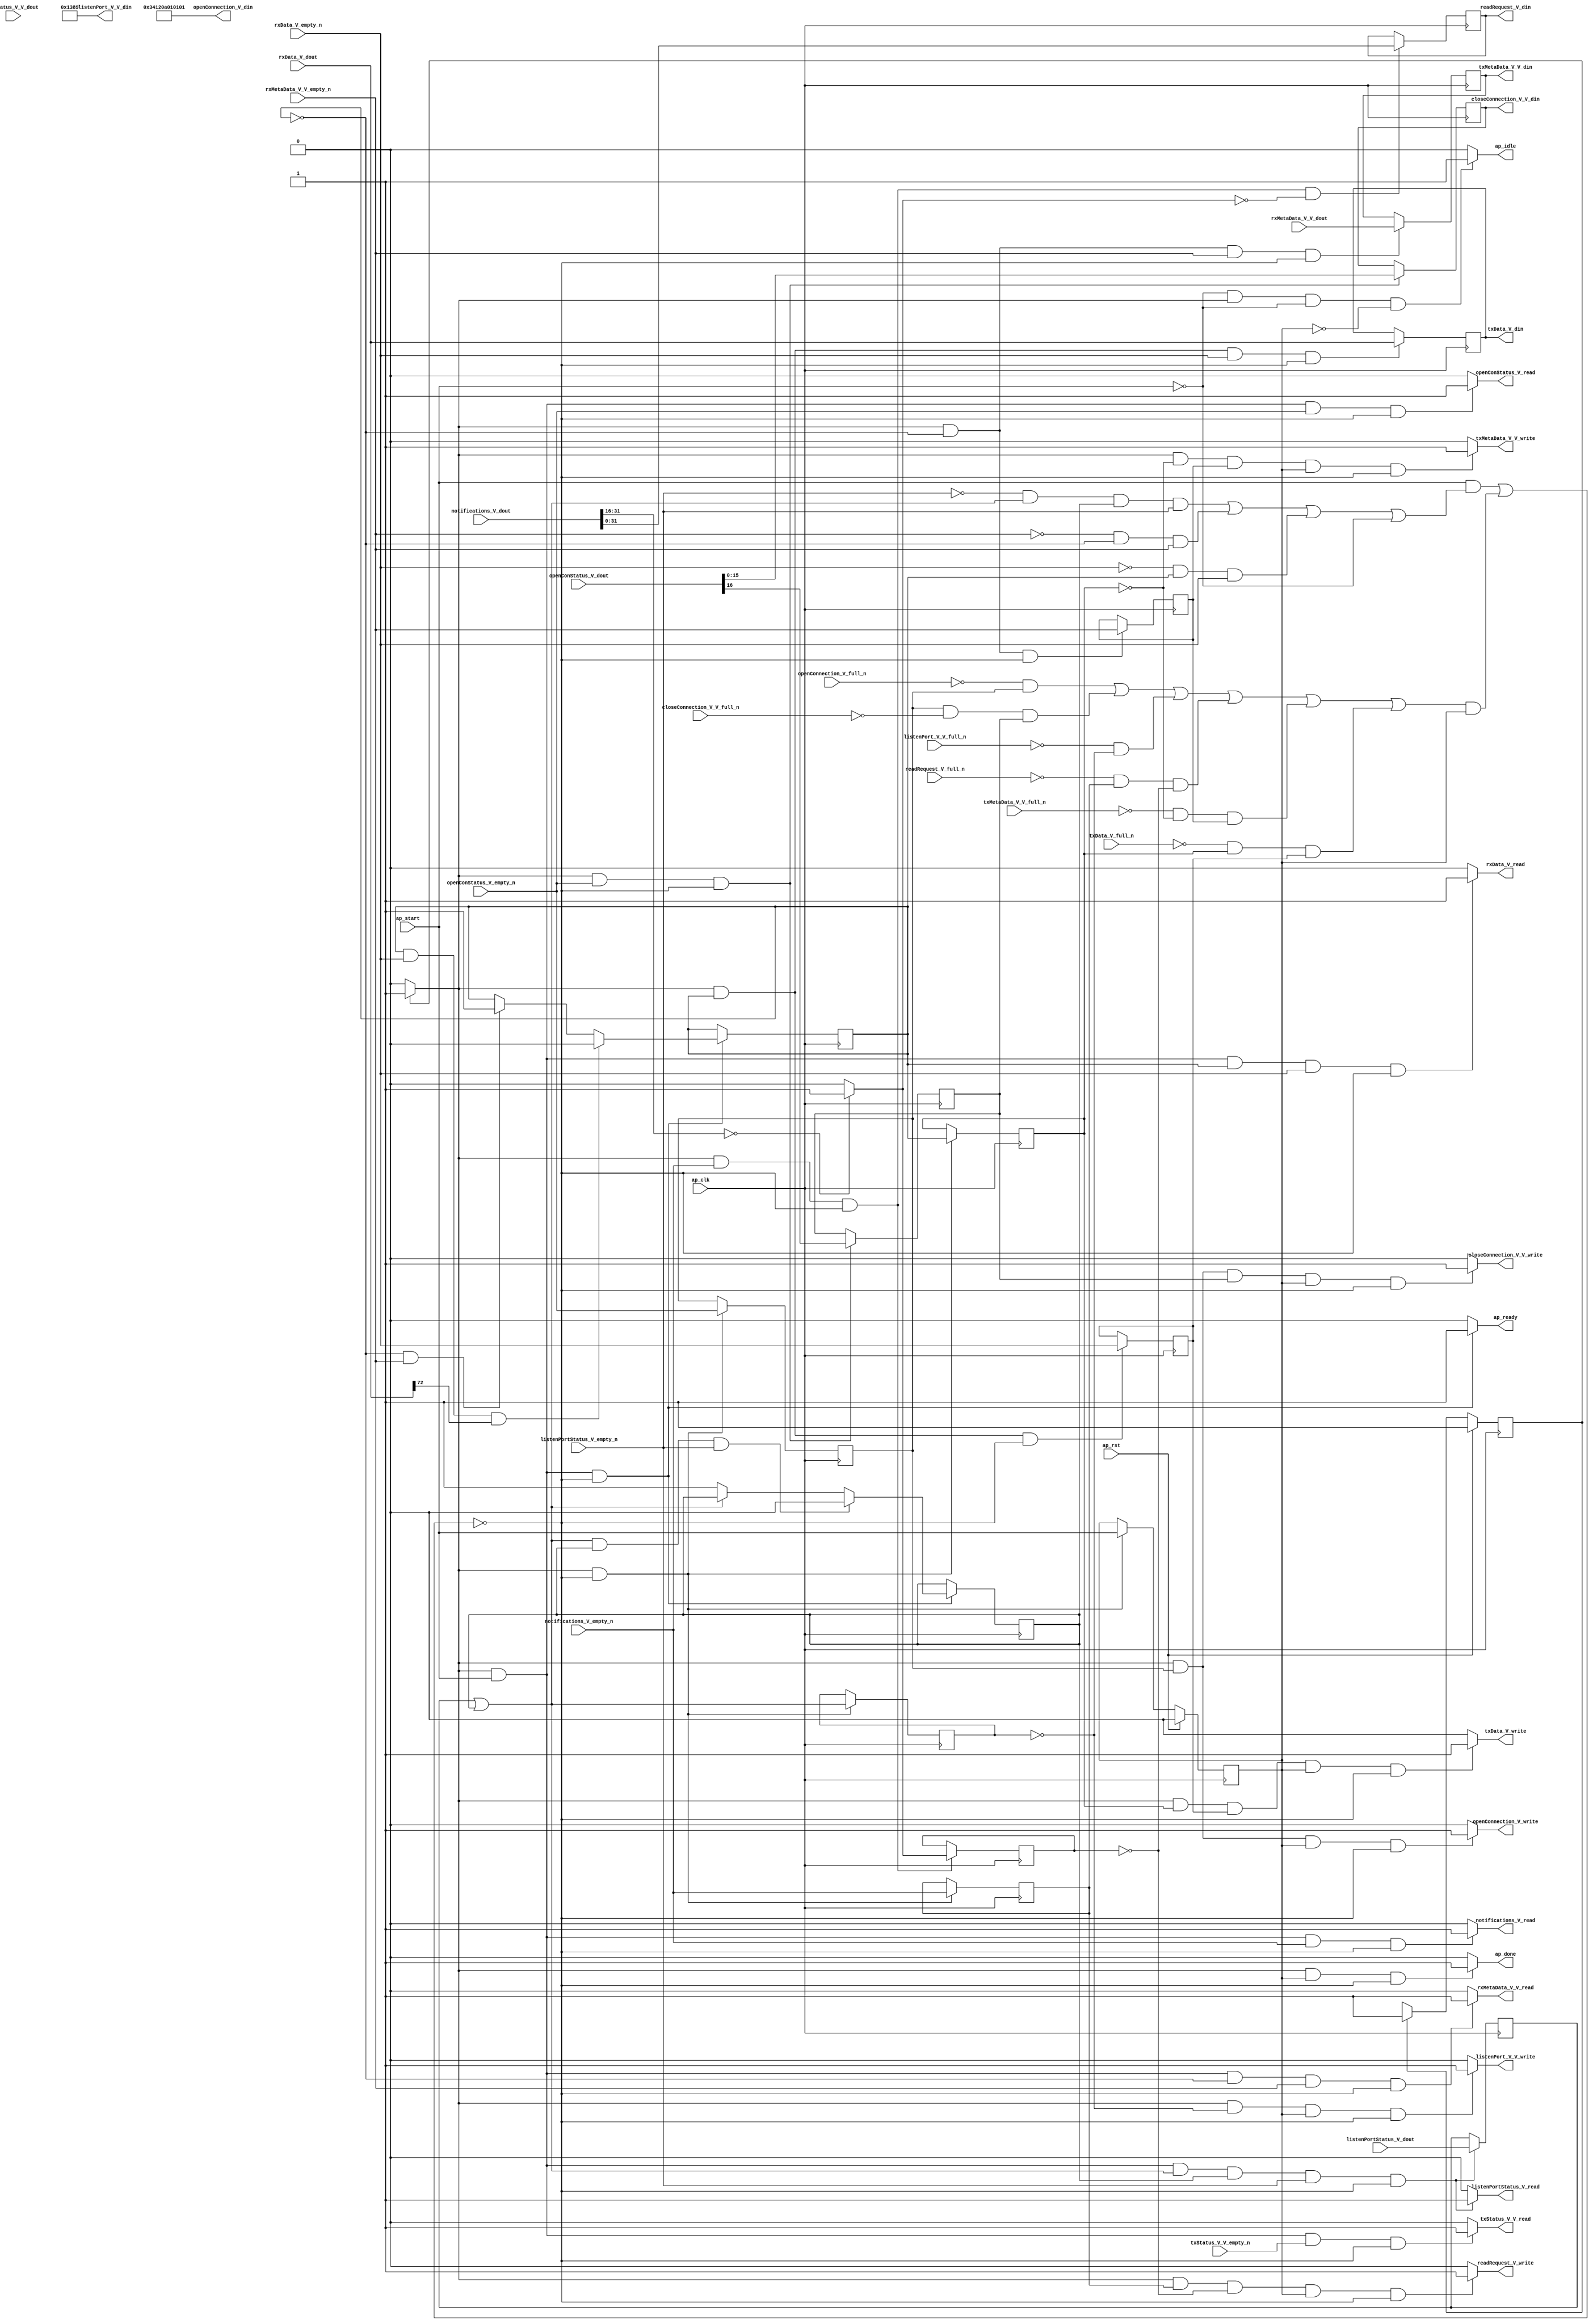
// ==============================================================
// RTL generated by Vivado(TM) HLS - High-Level Synthesis from C, C++ and SystemC
// Version: 2015.1
// Copyright (C) 2015 Xilinx Inc. All rights reserved.
// 
// ===========================================================

`timescale 1 ns / 1 ps 

(* CORE_GENERATION_INFO="echo_server_application,hls_ip_2015_1,{HLS_INPUT_TYPE=cxx,HLS_INPUT_FLOAT=0,HLS_INPUT_FIXED=1,HLS_INPUT_PART=xcku115-flva1517-2-e,HLS_INPUT_CLOCK=6.660000,HLS_INPUT_ARCH=pipeline,HLS_SYN_CLOCK=1.420000,HLS_SYN_LAT=1,HLS_SYN_TPT=1,HLS_SYN_MEM=0,HLS_SYN_DSP=0,HLS_SYN_FF=150,HLS_SYN_LUT=13}" *)

module echo_server_application (
        ap_clk,
        ap_rst,
        ap_start,
        ap_done,
        ap_idle,
        ap_ready,
        openConStatus_V_dout,
        openConStatus_V_empty_n,
        openConStatus_V_read,
        listenPortStatus_V_dout,
        listenPortStatus_V_empty_n,
        listenPortStatus_V_read,
        notifications_V_dout,
        notifications_V_empty_n,
        notifications_V_read,
        rxMetaData_V_V_dout,
        rxMetaData_V_V_empty_n,
        rxMetaData_V_V_read,
        rxData_V_dout,
        rxData_V_empty_n,
        rxData_V_read,
        txStatus_V_V_dout,
        txStatus_V_V_empty_n,
        txStatus_V_V_read,
        openConnection_V_din,
        openConnection_V_full_n,
        openConnection_V_write,
        closeConnection_V_V_din,
        closeConnection_V_V_full_n,
        closeConnection_V_V_write,
        listenPort_V_V_din,
        listenPort_V_V_full_n,
        listenPort_V_V_write,
        readRequest_V_din,
        readRequest_V_full_n,
        readRequest_V_write,
        txMetaData_V_V_din,
        txMetaData_V_V_full_n,
        txMetaData_V_V_write,
        txData_V_din,
        txData_V_full_n,
        txData_V_write
);

parameter    ap_const_logic_1 = 1'b1;
parameter    ap_const_logic_0 = 1'b0;
parameter    ap_ST_pp0_stg0_fsm_0 = 1'b1;
parameter    ap_const_lv32_0 = 32'b00000000000000000000000000000000;
parameter    ap_const_lv1_1 = 1'b1;
parameter    ap_const_lv1_0 = 1'b0;
parameter    ap_const_lv48_34120A010101 = 48'b1101000001001000001010000000010000000100000001;
parameter    ap_const_lv16_1389 = 16'b1001110001001;
parameter    ap_const_lv32_10 = 32'b10000;
parameter    ap_const_lv32_1F = 32'b11111;
parameter    ap_const_lv16_0 = 16'b0000000000000000;
parameter    ap_const_lv32_48 = 32'b1001000;
parameter    ap_true = 1'b1;

input   ap_clk;
input   ap_rst;
input   ap_start;
output   ap_done;
output   ap_idle;
output   ap_ready;
input  [16:0] openConStatus_V_dout;
input   openConStatus_V_empty_n;
output   openConStatus_V_read;
input   listenPortStatus_V_dout;
input   listenPortStatus_V_empty_n;
output   listenPortStatus_V_read;
input  [80:0] notifications_V_dout;
input   notifications_V_empty_n;
output   notifications_V_read;
input  [15:0] rxMetaData_V_V_dout;
input   rxMetaData_V_V_empty_n;
output   rxMetaData_V_V_read;
input  [72:0] rxData_V_dout;
input   rxData_V_empty_n;
output   rxData_V_read;
input  [16:0] txStatus_V_V_dout;
input   txStatus_V_V_empty_n;
output   txStatus_V_V_read;
output  [47:0] openConnection_V_din;
input   openConnection_V_full_n;
output   openConnection_V_write;
output  [15:0] closeConnection_V_V_din;
input   closeConnection_V_V_full_n;
output   closeConnection_V_V_write;
output  [15:0] listenPort_V_V_din;
input   listenPort_V_V_full_n;
output   listenPort_V_V_write;
output  [31:0] readRequest_V_din;
input   readRequest_V_full_n;
output   readRequest_V_write;
output  [15:0] txMetaData_V_V_din;
input   txMetaData_V_V_full_n;
output   txMetaData_V_V_write;
output  [72:0] txData_V_din;
input   txData_V_full_n;
output   txData_V_write;

reg ap_done;
reg ap_idle;
reg ap_ready;
reg openConStatus_V_read;
reg listenPortStatus_V_read;
reg notifications_V_read;
reg rxMetaData_V_V_read;
reg rxData_V_read;
reg txStatus_V_V_read;
reg openConnection_V_write;
reg closeConnection_V_V_write;
reg listenPort_V_V_write;
reg readRequest_V_write;
reg txMetaData_V_V_write;
reg txData_V_write;
(* fsm_encoding = "none" *) reg   [0:0] ap_CS_fsm = 1'b1;
reg    ap_sig_cseq_ST_pp0_stg0_fsm_0;
reg    ap_sig_bdd_17;
wire    ap_reg_ppiten_pp0_it0;
reg    ap_reg_ppiten_pp0_it1 = 1'b0;
wire   [0:0] tmp_nbreadreq_fu_218_p3;
wire   [0:0] brmerge_fu_367_p2;
wire   [0:0] tmp_1_nbreadreq_fu_232_p3;
wire   [0:0] tmp_3_nbreadreq_fu_246_p3;
wire   [0:0] tmp_4_nbreadreq_fu_260_p3;
wire   [0:0] tmp_5_nbreadreq_fu_274_p3;
wire   [0:0] tmp_6_nbreadreq_fu_288_p3;
reg    ap_sig_bdd_107;
reg   [0:0] tmp_reg_435;
reg   [0:0] tmp_7_reg_444;
reg   [0:0] brmerge_reg_452;
reg   [0:0] tmp_3_reg_460;
reg   [0:0] tmp_9_reg_464;
reg   [0:0] ea_fsmState_V_load_reg_473;
reg   [0:0] tmp_4_reg_477;
reg   [0:0] tmp_5_reg_486;
reg    ap_sig_bdd_176;
reg   [0:0] listenDone = 1'b0;
reg   [0:0] waitPortStatus = 1'b0;
reg   [0:0] ea_fsmState_V = 1'b0;
wire   [15:0] tmp_V_fu_347_p1;
reg   [15:0] tmp_V_reg_439;
wire   [0:0] tmp_9_fu_401_p2;
wire   [31:0] tmp_327_fu_407_p1;
reg   [31:0] tmp_327_reg_468;
reg   [15:0] tmp_V_2_reg_481;
reg   [72:0] tmp_432_reg_490;
wire   [0:0] tmp_last_V_fu_421_p3;
wire   [0:0] tmp_8_read_fu_240_p2;
wire   [15:0] tmp_length_V_fu_391_p4;
reg   [0:0] ap_NS_fsm;
reg    ap_sig_pprstidle_pp0;
reg    ap_sig_bdd_79;
reg    ap_sig_bdd_250;
reg    ap_sig_bdd_182;
reg    ap_sig_bdd_58;




/// the current state (ap_CS_fsm) of the state machine. ///
always @ (posedge ap_clk)
begin : ap_ret_ap_CS_fsm
    if (ap_rst == 1'b1) begin
        ap_CS_fsm <= ap_ST_pp0_stg0_fsm_0;
    end else begin
        ap_CS_fsm <= ap_NS_fsm;
    end
end

/// ap_reg_ppiten_pp0_it1 assign process. ///
always @ (posedge ap_clk)
begin : ap_ret_ap_reg_ppiten_pp0_it1
    if (ap_rst == 1'b1) begin
        ap_reg_ppiten_pp0_it1 <= ap_const_logic_0;
    end else begin
        if (((ap_const_logic_1 == ap_sig_cseq_ST_pp0_stg0_fsm_0) & ~(((ap_const_logic_1 == ap_reg_ppiten_pp0_it0) & ap_sig_bdd_107) | (ap_sig_bdd_176 & (ap_const_logic_1 == ap_reg_ppiten_pp0_it1))))) begin
            ap_reg_ppiten_pp0_it1 <= ap_reg_ppiten_pp0_it0;
        end
    end
end

/// assign process. ///
always @(posedge ap_clk)
begin
    if (ap_sig_bdd_182) begin
        if (ap_sig_bdd_250) begin
            ea_fsmState_V <= ap_const_lv1_0;
        end else if (ap_sig_bdd_79) begin
            ea_fsmState_V <= ap_const_lv1_1;
        end
    end
end

/// assign process. ///
always @(posedge ap_clk)
begin
    if (ap_sig_bdd_182) begin
        if (ap_sig_bdd_58) begin
            waitPortStatus <= ap_const_lv1_0;
        end else if ((ap_const_lv1_0 == brmerge_fu_367_p2)) begin
            waitPortStatus <= ap_const_lv1_1;
        end
    end
end

/// assign process. ///
always @(posedge ap_clk)
begin
    if (((ap_const_logic_1 == ap_sig_cseq_ST_pp0_stg0_fsm_0) & ~(((ap_const_logic_1 == ap_reg_ppiten_pp0_it0) & ap_sig_bdd_107) | (ap_sig_bdd_176 & (ap_const_logic_1 == ap_reg_ppiten_pp0_it1))))) begin
        brmerge_reg_452 <= brmerge_fu_367_p2;
        ea_fsmState_V_load_reg_473 <= ea_fsmState_V;
        tmp_3_reg_460 <= tmp_3_nbreadreq_fu_246_p3;
        tmp_reg_435 <= tmp_nbreadreq_fu_218_p3;
    end
end

/// assign process. ///
always @(posedge ap_clk)
begin
    if (((ap_const_logic_1 == ap_sig_cseq_ST_pp0_stg0_fsm_0) & (ap_const_logic_1 == ap_reg_ppiten_pp0_it0) & ~(ap_const_lv1_0 == brmerge_fu_367_p2) & ~(ap_const_lv1_0 == waitPortStatus) & ~(ap_const_lv1_0 == tmp_1_nbreadreq_fu_232_p3) & ~(((ap_const_logic_1 == ap_reg_ppiten_pp0_it0) & ap_sig_bdd_107) | (ap_sig_bdd_176 & (ap_const_logic_1 == ap_reg_ppiten_pp0_it1))))) begin
        listenDone <= tmp_8_read_fu_240_p2;
    end
end

/// assign process. ///
always @(posedge ap_clk)
begin
    if (((ap_const_logic_1 == ap_sig_cseq_ST_pp0_stg0_fsm_0) & ~(ap_const_lv1_0 == tmp_3_nbreadreq_fu_246_p3) & ~(((ap_const_logic_1 == ap_reg_ppiten_pp0_it0) & ap_sig_bdd_107) | (ap_sig_bdd_176 & (ap_const_logic_1 == ap_reg_ppiten_pp0_it1))) & (ap_const_lv1_0 == tmp_9_fu_401_p2))) begin
        tmp_327_reg_468 <= tmp_327_fu_407_p1;
    end
end

/// assign process. ///
always @(posedge ap_clk)
begin
    if (((ap_const_logic_1 == ap_sig_cseq_ST_pp0_stg0_fsm_0) & ~(ap_const_lv1_0 == ea_fsmState_V) & ~(ap_const_lv1_0 == tmp_5_nbreadreq_fu_274_p3) & ~(((ap_const_logic_1 == ap_reg_ppiten_pp0_it0) & ap_sig_bdd_107) | (ap_sig_bdd_176 & (ap_const_logic_1 == ap_reg_ppiten_pp0_it1))))) begin
        tmp_432_reg_490 <= rxData_V_dout;
    end
end

/// assign process. ///
always @(posedge ap_clk)
begin
    if (((ap_const_logic_1 == ap_sig_cseq_ST_pp0_stg0_fsm_0) & (ap_const_lv1_0 == ea_fsmState_V) & ~(((ap_const_logic_1 == ap_reg_ppiten_pp0_it0) & ap_sig_bdd_107) | (ap_sig_bdd_176 & (ap_const_logic_1 == ap_reg_ppiten_pp0_it1))))) begin
        tmp_4_reg_477 <= tmp_4_nbreadreq_fu_260_p3;
    end
end

/// assign process. ///
always @(posedge ap_clk)
begin
    if (((ap_const_logic_1 == ap_sig_cseq_ST_pp0_stg0_fsm_0) & ~(ap_const_lv1_0 == ea_fsmState_V) & ~(((ap_const_logic_1 == ap_reg_ppiten_pp0_it0) & ap_sig_bdd_107) | (ap_sig_bdd_176 & (ap_const_logic_1 == ap_reg_ppiten_pp0_it1))))) begin
        tmp_5_reg_486 <= tmp_5_nbreadreq_fu_274_p3;
    end
end

/// assign process. ///
always @(posedge ap_clk)
begin
    if (((ap_const_logic_1 == ap_sig_cseq_ST_pp0_stg0_fsm_0) & ~(tmp_nbreadreq_fu_218_p3 == ap_const_lv1_0) & ~(((ap_const_logic_1 == ap_reg_ppiten_pp0_it0) & ap_sig_bdd_107) | (ap_sig_bdd_176 & (ap_const_logic_1 == ap_reg_ppiten_pp0_it1))))) begin
        tmp_7_reg_444 <= openConStatus_V_dout[ap_const_lv32_10];
        tmp_V_reg_439 <= tmp_V_fu_347_p1;
    end
end

/// assign process. ///
always @(posedge ap_clk)
begin
    if (((ap_const_logic_1 == ap_sig_cseq_ST_pp0_stg0_fsm_0) & ~(ap_const_lv1_0 == tmp_3_nbreadreq_fu_246_p3) & ~(((ap_const_logic_1 == ap_reg_ppiten_pp0_it0) & ap_sig_bdd_107) | (ap_sig_bdd_176 & (ap_const_logic_1 == ap_reg_ppiten_pp0_it1))))) begin
        tmp_9_reg_464 <= tmp_9_fu_401_p2;
    end
end

/// assign process. ///
always @(posedge ap_clk)
begin
    if (((ap_const_logic_1 == ap_sig_cseq_ST_pp0_stg0_fsm_0) & (ap_const_lv1_0 == ea_fsmState_V) & ~(ap_const_lv1_0 == tmp_4_nbreadreq_fu_260_p3) & ~(((ap_const_logic_1 == ap_reg_ppiten_pp0_it0) & ap_sig_bdd_107) | (ap_sig_bdd_176 & (ap_const_logic_1 == ap_reg_ppiten_pp0_it1))))) begin
        tmp_V_2_reg_481 <= rxMetaData_V_V_dout;
    end
end

/// ap_done assign process. ///
always @ (ap_sig_cseq_ST_pp0_stg0_fsm_0 or ap_reg_ppiten_pp0_it0 or ap_reg_ppiten_pp0_it1 or ap_sig_bdd_107 or ap_sig_bdd_176)
begin
    if (((ap_const_logic_1 == ap_sig_cseq_ST_pp0_stg0_fsm_0) & (ap_const_logic_1 == ap_reg_ppiten_pp0_it1) & ~(((ap_const_logic_1 == ap_reg_ppiten_pp0_it0) & ap_sig_bdd_107) | (ap_sig_bdd_176 & (ap_const_logic_1 == ap_reg_ppiten_pp0_it1))))) begin
        ap_done = ap_const_logic_1;
    end else begin
        ap_done = ap_const_logic_0;
    end
end

/// ap_idle assign process. ///
always @ (ap_start or ap_sig_cseq_ST_pp0_stg0_fsm_0 or ap_reg_ppiten_pp0_it0 or ap_reg_ppiten_pp0_it1)
begin
    if ((~(ap_const_logic_1 == ap_start) & (ap_const_logic_1 == ap_sig_cseq_ST_pp0_stg0_fsm_0) & (ap_const_logic_0 == ap_reg_ppiten_pp0_it0) & (ap_const_logic_0 == ap_reg_ppiten_pp0_it1))) begin
        ap_idle = ap_const_logic_1;
    end else begin
        ap_idle = ap_const_logic_0;
    end
end

/// ap_ready assign process. ///
always @ (ap_sig_cseq_ST_pp0_stg0_fsm_0 or ap_reg_ppiten_pp0_it0 or ap_reg_ppiten_pp0_it1 or ap_sig_bdd_107 or ap_sig_bdd_176)
begin
    if (((ap_const_logic_1 == ap_sig_cseq_ST_pp0_stg0_fsm_0) & (ap_const_logic_1 == ap_reg_ppiten_pp0_it0) & ~(((ap_const_logic_1 == ap_reg_ppiten_pp0_it0) & ap_sig_bdd_107) | (ap_sig_bdd_176 & (ap_const_logic_1 == ap_reg_ppiten_pp0_it1))))) begin
        ap_ready = ap_const_logic_1;
    end else begin
        ap_ready = ap_const_logic_0;
    end
end

/// ap_sig_cseq_ST_pp0_stg0_fsm_0 assign process. ///
always @ (ap_sig_bdd_17)
begin
    if (ap_sig_bdd_17) begin
        ap_sig_cseq_ST_pp0_stg0_fsm_0 = ap_const_logic_1;
    end else begin
        ap_sig_cseq_ST_pp0_stg0_fsm_0 = ap_const_logic_0;
    end
end

/// ap_sig_pprstidle_pp0 assign process. ///
always @ (ap_start or ap_reg_ppiten_pp0_it0)
begin
    if (((ap_const_logic_0 == ap_reg_ppiten_pp0_it0) & (ap_const_logic_0 == ap_start))) begin
        ap_sig_pprstidle_pp0 = ap_const_logic_1;
    end else begin
        ap_sig_pprstidle_pp0 = ap_const_logic_0;
    end
end

/// closeConnection_V_V_write assign process. ///
always @ (ap_sig_cseq_ST_pp0_stg0_fsm_0 or ap_reg_ppiten_pp0_it0 or ap_reg_ppiten_pp0_it1 or ap_sig_bdd_107 or tmp_reg_435 or tmp_7_reg_444 or ap_sig_bdd_176)
begin
    if (((ap_const_logic_1 == ap_sig_cseq_ST_pp0_stg0_fsm_0) & ~(ap_const_lv1_0 == tmp_reg_435) & ~(ap_const_lv1_0 == tmp_7_reg_444) & (ap_const_logic_1 == ap_reg_ppiten_pp0_it1) & ~(((ap_const_logic_1 == ap_reg_ppiten_pp0_it0) & ap_sig_bdd_107) | (ap_sig_bdd_176 & (ap_const_logic_1 == ap_reg_ppiten_pp0_it1))))) begin
        closeConnection_V_V_write = ap_const_logic_1;
    end else begin
        closeConnection_V_V_write = ap_const_logic_0;
    end
end

/// listenPortStatus_V_read assign process. ///
always @ (ap_sig_cseq_ST_pp0_stg0_fsm_0 or ap_reg_ppiten_pp0_it0 or ap_reg_ppiten_pp0_it1 or brmerge_fu_367_p2 or tmp_1_nbreadreq_fu_232_p3 or ap_sig_bdd_107 or ap_sig_bdd_176 or waitPortStatus)
begin
    if (((ap_const_logic_1 == ap_sig_cseq_ST_pp0_stg0_fsm_0) & (ap_const_logic_1 == ap_reg_ppiten_pp0_it0) & ~(ap_const_lv1_0 == brmerge_fu_367_p2) & ~(ap_const_lv1_0 == waitPortStatus) & ~(ap_const_lv1_0 == tmp_1_nbreadreq_fu_232_p3) & ~(((ap_const_logic_1 == ap_reg_ppiten_pp0_it0) & ap_sig_bdd_107) | (ap_sig_bdd_176 & (ap_const_logic_1 == ap_reg_ppiten_pp0_it1))))) begin
        listenPortStatus_V_read = ap_const_logic_1;
    end else begin
        listenPortStatus_V_read = ap_const_logic_0;
    end
end

/// listenPort_V_V_write assign process. ///
always @ (ap_sig_cseq_ST_pp0_stg0_fsm_0 or ap_reg_ppiten_pp0_it0 or ap_reg_ppiten_pp0_it1 or ap_sig_bdd_107 or brmerge_reg_452 or ap_sig_bdd_176)
begin
    if (((ap_const_logic_1 == ap_sig_cseq_ST_pp0_stg0_fsm_0) & (ap_const_lv1_0 == brmerge_reg_452) & (ap_const_logic_1 == ap_reg_ppiten_pp0_it1) & ~(((ap_const_logic_1 == ap_reg_ppiten_pp0_it0) & ap_sig_bdd_107) | (ap_sig_bdd_176 & (ap_const_logic_1 == ap_reg_ppiten_pp0_it1))))) begin
        listenPort_V_V_write = ap_const_logic_1;
    end else begin
        listenPort_V_V_write = ap_const_logic_0;
    end
end

/// notifications_V_read assign process. ///
always @ (ap_sig_cseq_ST_pp0_stg0_fsm_0 or ap_reg_ppiten_pp0_it0 or ap_reg_ppiten_pp0_it1 or tmp_3_nbreadreq_fu_246_p3 or ap_sig_bdd_107 or ap_sig_bdd_176)
begin
    if (((ap_const_logic_1 == ap_sig_cseq_ST_pp0_stg0_fsm_0) & (ap_const_logic_1 == ap_reg_ppiten_pp0_it0) & ~(ap_const_lv1_0 == tmp_3_nbreadreq_fu_246_p3) & ~(((ap_const_logic_1 == ap_reg_ppiten_pp0_it0) & ap_sig_bdd_107) | (ap_sig_bdd_176 & (ap_const_logic_1 == ap_reg_ppiten_pp0_it1))))) begin
        notifications_V_read = ap_const_logic_1;
    end else begin
        notifications_V_read = ap_const_logic_0;
    end
end

/// openConStatus_V_read assign process. ///
always @ (ap_sig_cseq_ST_pp0_stg0_fsm_0 or ap_reg_ppiten_pp0_it0 or ap_reg_ppiten_pp0_it1 or tmp_nbreadreq_fu_218_p3 or ap_sig_bdd_107 or ap_sig_bdd_176)
begin
    if (((ap_const_logic_1 == ap_sig_cseq_ST_pp0_stg0_fsm_0) & (ap_const_logic_1 == ap_reg_ppiten_pp0_it0) & ~(tmp_nbreadreq_fu_218_p3 == ap_const_lv1_0) & ~(((ap_const_logic_1 == ap_reg_ppiten_pp0_it0) & ap_sig_bdd_107) | (ap_sig_bdd_176 & (ap_const_logic_1 == ap_reg_ppiten_pp0_it1))))) begin
        openConStatus_V_read = ap_const_logic_1;
    end else begin
        openConStatus_V_read = ap_const_logic_0;
    end
end

/// openConnection_V_write assign process. ///
always @ (ap_sig_cseq_ST_pp0_stg0_fsm_0 or ap_reg_ppiten_pp0_it0 or ap_reg_ppiten_pp0_it1 or ap_sig_bdd_107 or tmp_reg_435 or ap_sig_bdd_176)
begin
    if (((ap_const_logic_1 == ap_sig_cseq_ST_pp0_stg0_fsm_0) & ~(ap_const_lv1_0 == tmp_reg_435) & (ap_const_logic_1 == ap_reg_ppiten_pp0_it1) & ~(((ap_const_logic_1 == ap_reg_ppiten_pp0_it0) & ap_sig_bdd_107) | (ap_sig_bdd_176 & (ap_const_logic_1 == ap_reg_ppiten_pp0_it1))))) begin
        openConnection_V_write = ap_const_logic_1;
    end else begin
        openConnection_V_write = ap_const_logic_0;
    end
end

/// readRequest_V_write assign process. ///
always @ (ap_sig_cseq_ST_pp0_stg0_fsm_0 or ap_reg_ppiten_pp0_it0 or ap_reg_ppiten_pp0_it1 or ap_sig_bdd_107 or tmp_3_reg_460 or tmp_9_reg_464 or ap_sig_bdd_176)
begin
    if (((ap_const_logic_1 == ap_sig_cseq_ST_pp0_stg0_fsm_0) & ~(ap_const_lv1_0 == tmp_3_reg_460) & (ap_const_lv1_0 == tmp_9_reg_464) & (ap_const_logic_1 == ap_reg_ppiten_pp0_it1) & ~(((ap_const_logic_1 == ap_reg_ppiten_pp0_it0) & ap_sig_bdd_107) | (ap_sig_bdd_176 & (ap_const_logic_1 == ap_reg_ppiten_pp0_it1))))) begin
        readRequest_V_write = ap_const_logic_1;
    end else begin
        readRequest_V_write = ap_const_logic_0;
    end
end

/// rxData_V_read assign process. ///
always @ (ap_sig_cseq_ST_pp0_stg0_fsm_0 or ap_reg_ppiten_pp0_it0 or ap_reg_ppiten_pp0_it1 or tmp_5_nbreadreq_fu_274_p3 or ap_sig_bdd_107 or ap_sig_bdd_176 or ea_fsmState_V)
begin
    if (((ap_const_logic_1 == ap_sig_cseq_ST_pp0_stg0_fsm_0) & (ap_const_logic_1 == ap_reg_ppiten_pp0_it0) & ~(ap_const_lv1_0 == ea_fsmState_V) & ~(ap_const_lv1_0 == tmp_5_nbreadreq_fu_274_p3) & ~(((ap_const_logic_1 == ap_reg_ppiten_pp0_it0) & ap_sig_bdd_107) | (ap_sig_bdd_176 & (ap_const_logic_1 == ap_reg_ppiten_pp0_it1))))) begin
        rxData_V_read = ap_const_logic_1;
    end else begin
        rxData_V_read = ap_const_logic_0;
    end
end

/// rxMetaData_V_V_read assign process. ///
always @ (ap_sig_cseq_ST_pp0_stg0_fsm_0 or ap_reg_ppiten_pp0_it0 or ap_reg_ppiten_pp0_it1 or tmp_4_nbreadreq_fu_260_p3 or ap_sig_bdd_107 or ap_sig_bdd_176 or ea_fsmState_V)
begin
    if (((ap_const_logic_1 == ap_sig_cseq_ST_pp0_stg0_fsm_0) & (ap_const_logic_1 == ap_reg_ppiten_pp0_it0) & (ap_const_lv1_0 == ea_fsmState_V) & ~(ap_const_lv1_0 == tmp_4_nbreadreq_fu_260_p3) & ~(((ap_const_logic_1 == ap_reg_ppiten_pp0_it0) & ap_sig_bdd_107) | (ap_sig_bdd_176 & (ap_const_logic_1 == ap_reg_ppiten_pp0_it1))))) begin
        rxMetaData_V_V_read = ap_const_logic_1;
    end else begin
        rxMetaData_V_V_read = ap_const_logic_0;
    end
end

/// txData_V_write assign process. ///
always @ (ap_sig_cseq_ST_pp0_stg0_fsm_0 or ap_reg_ppiten_pp0_it0 or ap_reg_ppiten_pp0_it1 or ap_sig_bdd_107 or ea_fsmState_V_load_reg_473 or tmp_5_reg_486 or ap_sig_bdd_176)
begin
    if (((ap_const_logic_1 == ap_sig_cseq_ST_pp0_stg0_fsm_0) & ~(ap_const_lv1_0 == ea_fsmState_V_load_reg_473) & ~(ap_const_lv1_0 == tmp_5_reg_486) & (ap_const_logic_1 == ap_reg_ppiten_pp0_it1) & ~(((ap_const_logic_1 == ap_reg_ppiten_pp0_it0) & ap_sig_bdd_107) | (ap_sig_bdd_176 & (ap_const_logic_1 == ap_reg_ppiten_pp0_it1))))) begin
        txData_V_write = ap_const_logic_1;
    end else begin
        txData_V_write = ap_const_logic_0;
    end
end

/// txMetaData_V_V_write assign process. ///
always @ (ap_sig_cseq_ST_pp0_stg0_fsm_0 or ap_reg_ppiten_pp0_it0 or ap_reg_ppiten_pp0_it1 or ap_sig_bdd_107 or ea_fsmState_V_load_reg_473 or tmp_4_reg_477 or ap_sig_bdd_176)
begin
    if (((ap_const_logic_1 == ap_sig_cseq_ST_pp0_stg0_fsm_0) & (ap_const_lv1_0 == ea_fsmState_V_load_reg_473) & ~(ap_const_lv1_0 == tmp_4_reg_477) & (ap_const_logic_1 == ap_reg_ppiten_pp0_it1) & ~(((ap_const_logic_1 == ap_reg_ppiten_pp0_it0) & ap_sig_bdd_107) | (ap_sig_bdd_176 & (ap_const_logic_1 == ap_reg_ppiten_pp0_it1))))) begin
        txMetaData_V_V_write = ap_const_logic_1;
    end else begin
        txMetaData_V_V_write = ap_const_logic_0;
    end
end

/// txStatus_V_V_read assign process. ///
always @ (ap_sig_cseq_ST_pp0_stg0_fsm_0 or ap_reg_ppiten_pp0_it0 or ap_reg_ppiten_pp0_it1 or tmp_6_nbreadreq_fu_288_p3 or ap_sig_bdd_107 or ap_sig_bdd_176)
begin
    if (((ap_const_logic_1 == ap_sig_cseq_ST_pp0_stg0_fsm_0) & (ap_const_logic_1 == ap_reg_ppiten_pp0_it0) & ~(ap_const_lv1_0 == tmp_6_nbreadreq_fu_288_p3) & ~(((ap_const_logic_1 == ap_reg_ppiten_pp0_it0) & ap_sig_bdd_107) | (ap_sig_bdd_176 & (ap_const_logic_1 == ap_reg_ppiten_pp0_it1))))) begin
        txStatus_V_V_read = ap_const_logic_1;
    end else begin
        txStatus_V_V_read = ap_const_logic_0;
    end
end
/// the next state (ap_NS_fsm) of the state machine. ///
always @ (ap_CS_fsm or ap_reg_ppiten_pp0_it0 or ap_reg_ppiten_pp0_it1 or ap_sig_bdd_107 or ap_sig_bdd_176 or ap_sig_pprstidle_pp0)
begin
    case (ap_CS_fsm)
        ap_ST_pp0_stg0_fsm_0 : 
        begin
            ap_NS_fsm = ap_ST_pp0_stg0_fsm_0;
        end
        default : 
        begin
            ap_NS_fsm = 'bx;
        end
    endcase
end

assign ap_reg_ppiten_pp0_it0 = ap_start;

/// ap_sig_bdd_107 assign process. ///
always @ (ap_start or openConStatus_V_empty_n or tmp_nbreadreq_fu_218_p3 or listenPortStatus_V_empty_n or brmerge_fu_367_p2 or tmp_1_nbreadreq_fu_232_p3 or notifications_V_empty_n or tmp_3_nbreadreq_fu_246_p3 or rxMetaData_V_V_empty_n or tmp_4_nbreadreq_fu_260_p3 or rxData_V_empty_n or tmp_5_nbreadreq_fu_274_p3 or txStatus_V_V_empty_n or tmp_6_nbreadreq_fu_288_p3 or waitPortStatus or ea_fsmState_V)
begin
    ap_sig_bdd_107 = (((openConStatus_V_empty_n == ap_const_logic_0) & ~(tmp_nbreadreq_fu_218_p3 == ap_const_lv1_0)) | ((listenPortStatus_V_empty_n == ap_const_logic_0) & ~(ap_const_lv1_0 == brmerge_fu_367_p2) & ~(ap_const_lv1_0 == waitPortStatus) & ~(ap_const_lv1_0 == tmp_1_nbreadreq_fu_232_p3)) | ((notifications_V_empty_n == ap_const_logic_0) & ~(ap_const_lv1_0 == tmp_3_nbreadreq_fu_246_p3)) | ((rxMetaData_V_V_empty_n == ap_const_logic_0) & (ap_const_lv1_0 == ea_fsmState_V) & ~(ap_const_lv1_0 == tmp_4_nbreadreq_fu_260_p3)) | ((rxData_V_empty_n == ap_const_logic_0) & ~(ap_const_lv1_0 == ea_fsmState_V) & ~(ap_const_lv1_0 == tmp_5_nbreadreq_fu_274_p3)) | ((txStatus_V_V_empty_n == ap_const_logic_0) & ~(ap_const_lv1_0 == tmp_6_nbreadreq_fu_288_p3)) | (ap_start == ap_const_logic_0));
end

/// ap_sig_bdd_17 assign process. ///
always @ (ap_CS_fsm)
begin
    ap_sig_bdd_17 = (ap_CS_fsm[ap_const_lv32_0] == ap_const_lv1_1);
end

/// ap_sig_bdd_176 assign process. ///
always @ (openConnection_V_full_n or tmp_reg_435 or closeConnection_V_V_full_n or tmp_7_reg_444 or listenPort_V_V_full_n or brmerge_reg_452 or readRequest_V_full_n or tmp_3_reg_460 or tmp_9_reg_464 or txMetaData_V_V_full_n or ea_fsmState_V_load_reg_473 or tmp_4_reg_477 or txData_V_full_n or tmp_5_reg_486)
begin
    ap_sig_bdd_176 = (((openConnection_V_full_n == ap_const_logic_0) & ~(ap_const_lv1_0 == tmp_reg_435)) | (~(ap_const_lv1_0 == tmp_reg_435) & (closeConnection_V_V_full_n == ap_const_logic_0) & ~(ap_const_lv1_0 == tmp_7_reg_444)) | ((listenPort_V_V_full_n == ap_const_logic_0) & (ap_const_lv1_0 == brmerge_reg_452)) | ((readRequest_V_full_n == ap_const_logic_0) & ~(ap_const_lv1_0 == tmp_3_reg_460) & (ap_const_lv1_0 == tmp_9_reg_464)) | ((txMetaData_V_V_full_n == ap_const_logic_0) & (ap_const_lv1_0 == ea_fsmState_V_load_reg_473) & ~(ap_const_lv1_0 == tmp_4_reg_477)) | ((txData_V_full_n == ap_const_logic_0) & ~(ap_const_lv1_0 == ea_fsmState_V_load_reg_473) & ~(ap_const_lv1_0 == tmp_5_reg_486)));
end

/// ap_sig_bdd_182 assign process. ///
always @ (ap_sig_cseq_ST_pp0_stg0_fsm_0 or ap_reg_ppiten_pp0_it0 or ap_reg_ppiten_pp0_it1 or ap_sig_bdd_107 or ap_sig_bdd_176)
begin
    ap_sig_bdd_182 = ((ap_const_logic_1 == ap_sig_cseq_ST_pp0_stg0_fsm_0) & (ap_const_logic_1 == ap_reg_ppiten_pp0_it0) & ~(((ap_const_logic_1 == ap_reg_ppiten_pp0_it0) & ap_sig_bdd_107) | (ap_sig_bdd_176 & (ap_const_logic_1 == ap_reg_ppiten_pp0_it1))));
end

/// ap_sig_bdd_250 assign process. ///
always @ (tmp_5_nbreadreq_fu_274_p3 or ea_fsmState_V or tmp_last_V_fu_421_p3)
begin
    ap_sig_bdd_250 = (~(ap_const_lv1_0 == ea_fsmState_V) & ~(ap_const_lv1_0 == tmp_5_nbreadreq_fu_274_p3) & ~(ap_const_lv1_0 == tmp_last_V_fu_421_p3));
end

/// ap_sig_bdd_58 assign process. ///
always @ (brmerge_fu_367_p2 or tmp_1_nbreadreq_fu_232_p3 or waitPortStatus)
begin
    ap_sig_bdd_58 = (~(ap_const_lv1_0 == brmerge_fu_367_p2) & ~(ap_const_lv1_0 == waitPortStatus) & ~(ap_const_lv1_0 == tmp_1_nbreadreq_fu_232_p3));
end

/// ap_sig_bdd_79 assign process. ///
always @ (tmp_4_nbreadreq_fu_260_p3 or ea_fsmState_V)
begin
    ap_sig_bdd_79 = ((ap_const_lv1_0 == ea_fsmState_V) & ~(ap_const_lv1_0 == tmp_4_nbreadreq_fu_260_p3));
end
assign brmerge_fu_367_p2 = (listenDone | waitPortStatus);
assign closeConnection_V_V_din = tmp_V_reg_439;
assign listenPort_V_V_din = ap_const_lv16_1389;
assign openConnection_V_din = ap_const_lv48_34120A010101;
assign readRequest_V_din = tmp_327_reg_468;
assign tmp_1_nbreadreq_fu_232_p3 = listenPortStatus_V_empty_n;
assign tmp_327_fu_407_p1 = notifications_V_dout[31:0];
assign tmp_3_nbreadreq_fu_246_p3 = notifications_V_empty_n;
assign tmp_4_nbreadreq_fu_260_p3 = rxMetaData_V_V_empty_n;
assign tmp_5_nbreadreq_fu_274_p3 = rxData_V_empty_n;
assign tmp_6_nbreadreq_fu_288_p3 = txStatus_V_V_empty_n;
assign tmp_8_read_fu_240_p2 = listenPortStatus_V_dout;
assign tmp_9_fu_401_p2 = (tmp_length_V_fu_391_p4 == ap_const_lv16_0? 1'b1: 1'b0);
assign tmp_V_fu_347_p1 = openConStatus_V_dout[15:0];
assign tmp_last_V_fu_421_p3 = rxData_V_dout[ap_const_lv32_48];
assign tmp_length_V_fu_391_p4 = {{notifications_V_dout[ap_const_lv32_1F : ap_const_lv32_10]}};
assign tmp_nbreadreq_fu_218_p3 = openConStatus_V_empty_n;
assign txData_V_din = tmp_432_reg_490;
assign txMetaData_V_V_din = tmp_V_2_reg_481;


endmodule //echo_server_application